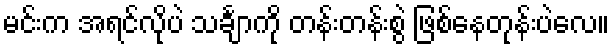
မင်းက အရင်လိုပဲ သင်္ချာကို တန်းတန်းစွဲ ဖြစ်နေတုန်းပဲလေ။